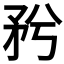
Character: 𥍠